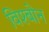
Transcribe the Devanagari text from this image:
विश्बोन